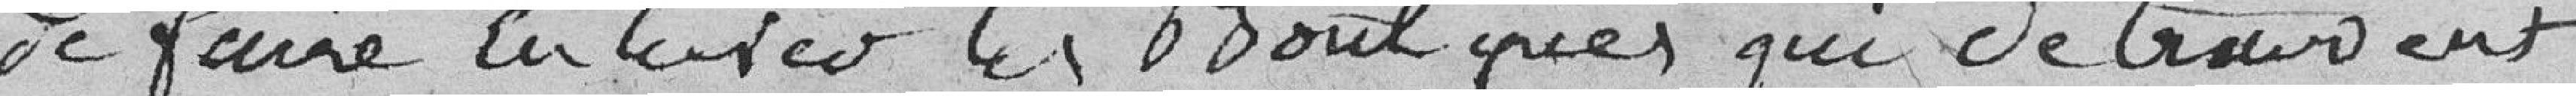
de faire enlever les boutiques qui se trouvent